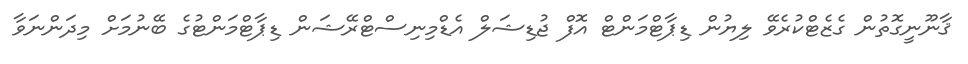
ޤާނޫނީގޮތުން ގެޒެޓްކުރެވޭ ލިޔުން ޑިޕާޓްމަންޓް އޮފް ޖުޑިޝަލް އެޑްމިނިސްޓްރޭޝަން ޑިޕާޓްމަންޓުގެ ބޭނުމަށް މިދަންނަވާ